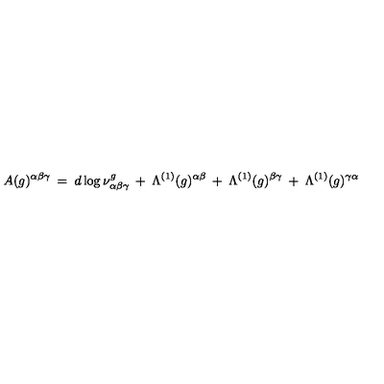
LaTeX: A ( g ) ^ { \alpha \beta \gamma } \: = \: d \log \nu _ { \alpha \beta \gamma } ^ { g } \: + \: \Lambda ^ { ( 1 ) } ( g ) ^ { \alpha \beta } \: + \: \Lambda ^ { ( 1 ) } ( g ) ^ { \beta \gamma } \: + \: \Lambda ^ { ( 1 ) } ( g ) ^ { \gamma \alpha }